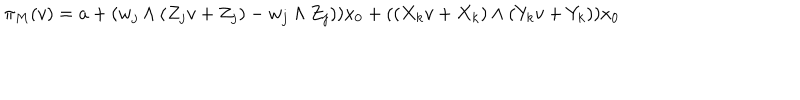
LaTeX: \pi _ { M } ( v ) = a + ( w _ { j } \wedge ( Z _ { j } v + Z _ { j } ) - w _ { j } \wedge Z _ { j } ) ) x _ { 0 } + ( ( X _ { k } v + X _ { k } ) \wedge ( Y _ { k } v + Y _ { k } ) ) x _ { 0 }